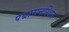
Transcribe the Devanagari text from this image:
पद्मासनस्थित